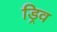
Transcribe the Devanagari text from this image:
ड्रिव